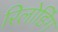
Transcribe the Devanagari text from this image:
रिलोडिंग